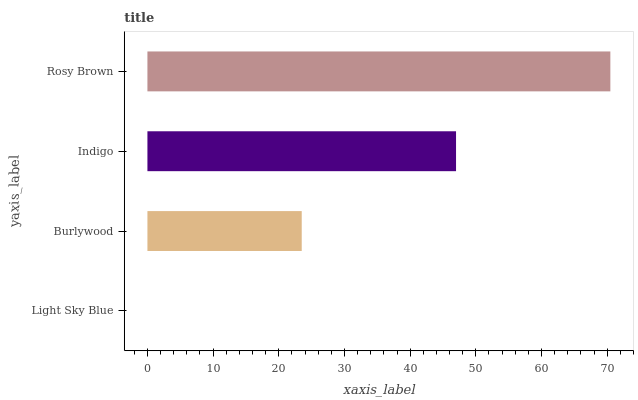
| yaxis_label | bars |
 | --- | --- |
 | Light Sky Blue | 0 |
 | Burlywood | 23.5 |
 | Indigo | 47 |
 | Rosy Brown | 70.5 |